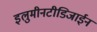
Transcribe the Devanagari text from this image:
इलुमीनटीडिजाईन